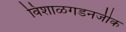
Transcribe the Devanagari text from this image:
विशाळगडनजीक